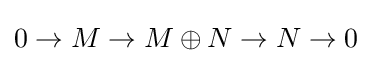
0\to M\to M\oplus N\to N\to 0